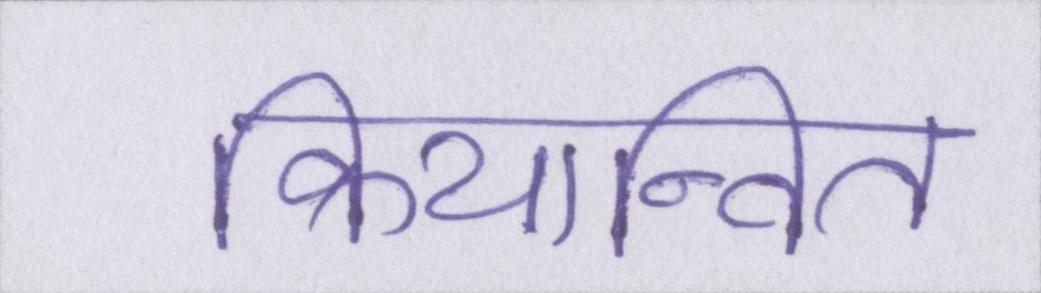
क्रियान्वित